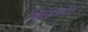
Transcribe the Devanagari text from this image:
व्हिडिओत